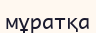
мұратқа